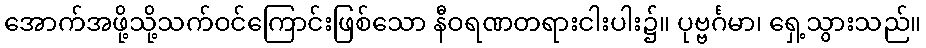
အောက်အဖို့သို့သက်ဝင်ကြောင်းဖြစ်သော နီဝရဏတရားငါးပါး၌။ ပုဗ္ဗင်္ဂမာ၊ ရှေ့သွားသည်။